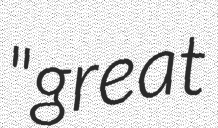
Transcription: "great